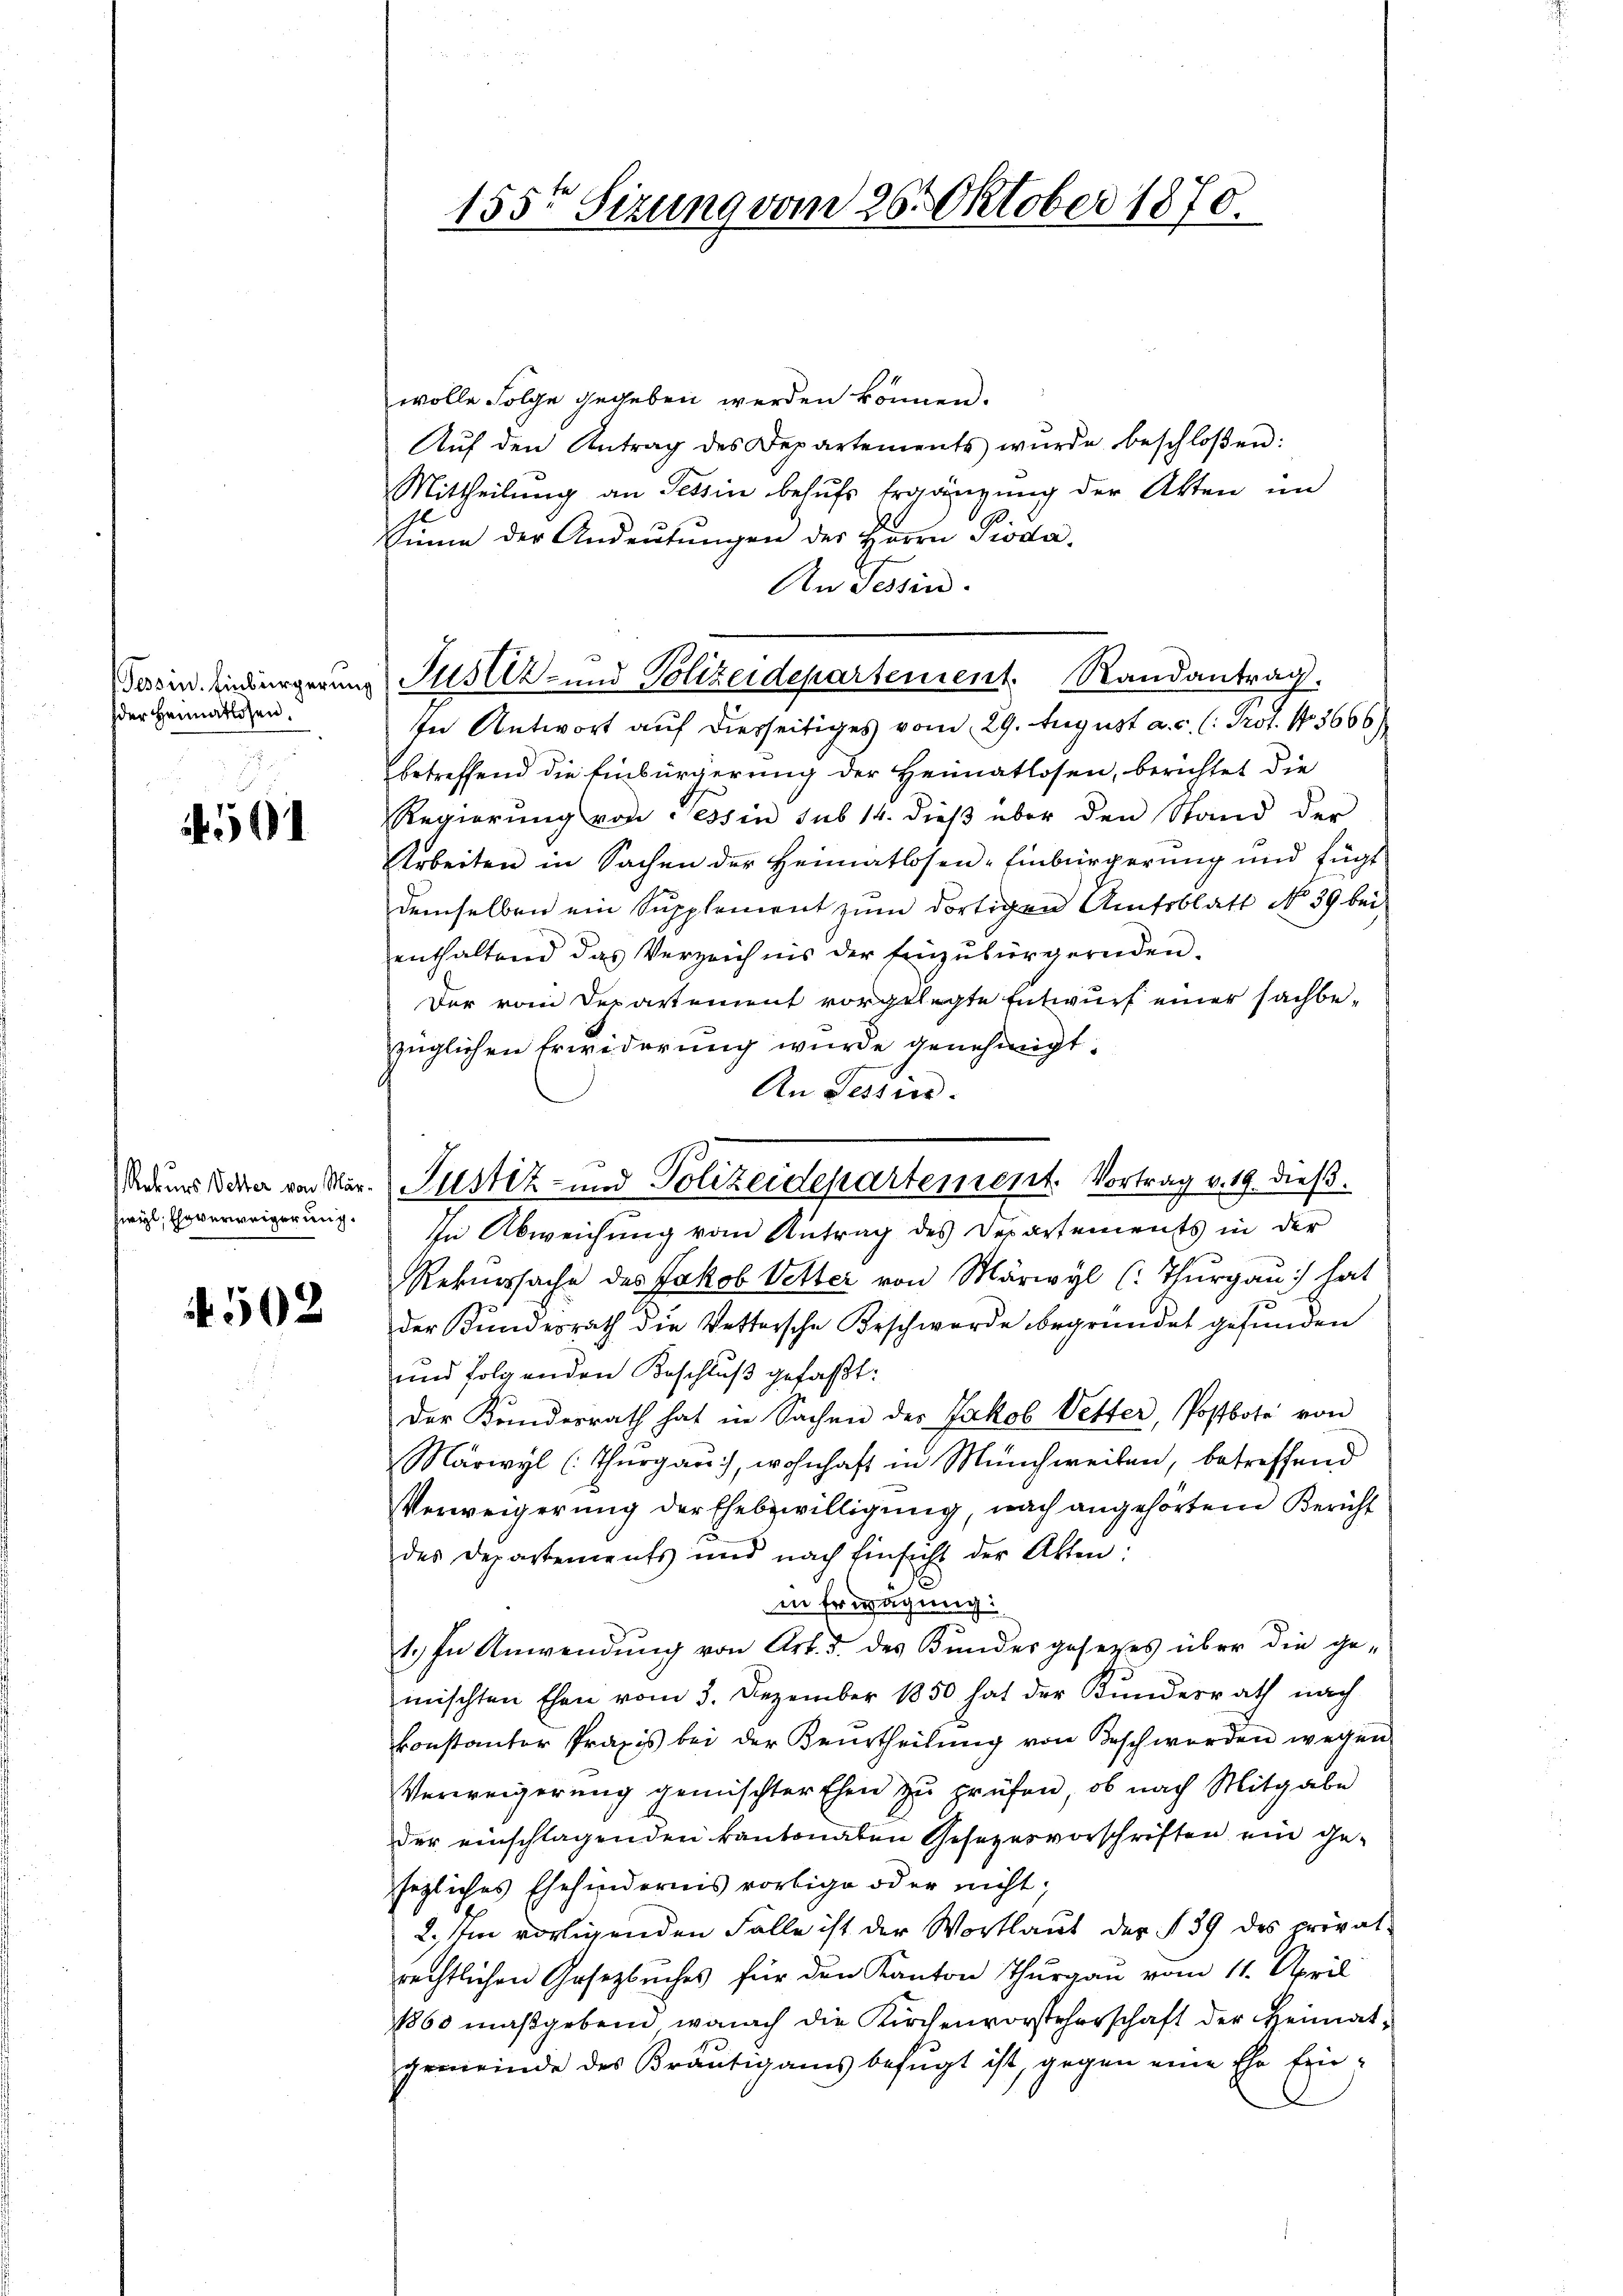
Tessin. Einbürgerin
der Heimatlosen.

5

freyl, Ehrverweigerung.

502

a

155t Sizung vom 26. Oktober 1870.

wolle Folge gegeben werden können.
Aŭf den Antrag des Departements wurde beschloßen:
Mittheilung an Tessin behufs Ergänzung der Akten im
Sinne der Andeŭtŭngen der Herrn Pioda,
An Tessin.
In Antwort auf diesseitiges vom 29. August a. c. (: Prot. No. 3666)
betreffend die Einbürgerung der Heimatlosen, berichtet die
Regierung von essin sub 14. dieß über den Stand der
Arbeiten in Sachen der Heimatlosen-Einbürgerung und fügt
demselben ein Supplement zum dortigen Amtsblatt No 39 bei
enthaltend das Verzeichnis der Einzŭbürgernden.
Der vom Departement vorgelegte Entwurf einer sachbezüglichen Erwiderung wurde genehmigt.
An Sessier.
In Abweichung vom Antrag des Departements in der
Rekurssache des Jakob Vetter von Märwyl (: Thurgau) hat
der Kundesrath die Vettersche Beschwerde begründet gefunden
und folgenden Beschlŭβ gefaßt:
der Kundesrath hat in Sachen des Jakob Vetter, Postbote von
Marwyl (Thurgau), wohnhaft in Münchweiben, betreffend
Verweigerung der Ehebewilligung, nach angehörtem Bericht
des Departements und nach Einsicht der Akten:
in Erwägung
1.) In Anwendung von Art. 3. des Bundesgesetzes über die gemischten Ehen vom 3. Dezember 1850 hat der Kundesrath nach
konstantor Praxis bei der Beurtheilung von Beschwerden wegen
Verweigerung gemischter Ehen zu prüfen, ob nach Mitgabe
der einschlagenden kantonalen Gesezesvorschriften ein gesezliches Ehehindernis vorlige oder nicht.
2. Im vorligenden Falle ist der Wortlaut der § 39 des privat-
rechtlichen Gesetzbuches für den Kanton Thurgau vom 11. April
1860 maßgebend wonach die Kirchenvorsteherschaft der Heimatgemeinde des Bräutigams befugt ist, gegen eine Ehe fin¬

Sodens dere von Mar. Justiz- und Polizeidepartement. Vortrag v. 19. dieß.

Justiz- und Polizeidepartement. Randantrag.